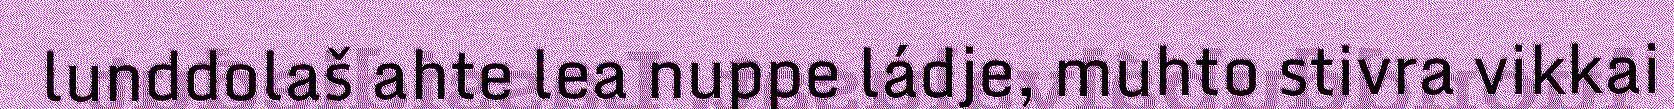
lunddolaš ahte lea nuppe ládje, muhto stivra vikkai